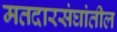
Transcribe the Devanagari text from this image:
मतदारसंघांतील